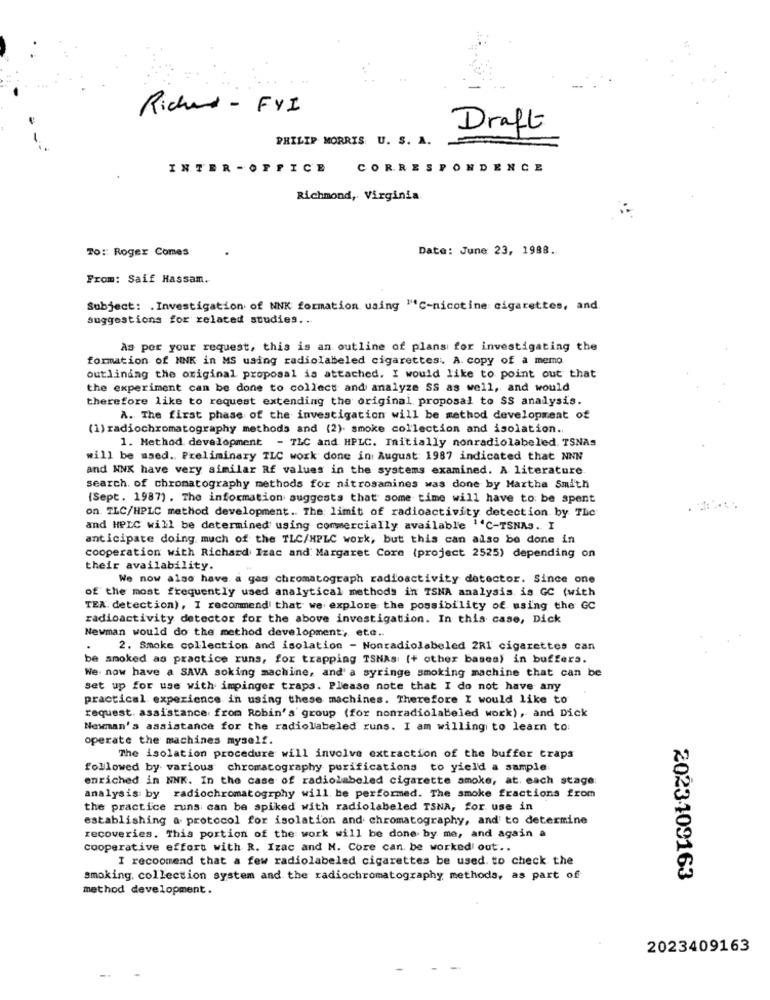
Richard - FYI
Draft
PHILIP MORRIS U. S. A.
INTER -OFFICE
CORRESPONDENCE
Richmond, Virginia
TO :: Roger Comes
Date: June 23, 1988.
From: Saif Hassam.
Subject: . Investigation of NNK formation using "C-nicotine cigarettes, and.
suggestions for related studies ...
As per your request, this is an outline of plans for investigating the
formation of NNK in MS using radiolabeled cigarettes, A. copy of a memo
outlining the original proposal is attached. I would like to point out that
the experiment can be done to collect and analyze SS as well, and would
therefore like to request extending the original proposal to SS analysis.
A. The first phase of the investigation will be method development of
(1) radiochromatography methods and (2). smoke collection and isolation ..
1. Method development - TLC and HPLC. Initially nonradiolabeled. TSNAs
will be maed. Preliminary ILC work done in August 1987 indicated that NNN
and NNK have very similar Rf values in the systems examined. A literature
search. of chromatography methods for nitrosamines was done by Martha Smith
(Sept. 1987) . The information suggests that some time will have to be spent
on TLC/HPLC method development .. The limit of radioactivity detection by The
and HPLC will be determined using commercially available ""C-TSNAS. I
anticipate doing much of the TLC/HPLC work, but this can also be done in
cooperation with Richard Izac and Margaret Core (project 2525) depending on
their availability.
We now also have a gas chromatograph radioactivity detector. Since one
of the most frequently used analytical methods in TSNA analysis is CC (with
TEX. detection), I recommend that we explore the possibility of using the GC
radioactivity detector for the above investigation. In this case, Dick
Newman would do the method development; ete ..
.
2. Smoke collection and isolation - Nonradiolabeled 2RI cigarettes can
be smoked as practice runs, for trapping TSNAs: (+ other basea) in buffers.
We now have a SAVA soking machine, and' a syringe smoking machine that can be
set up for use with impinger traps. Please note that I do not have any
practical experience in using these machines. Therefore I would like to
request. assistance from Robin's group (for nonradiolabeled work), and Dick
Newman's assistance for the radiolabeled runs. I am willing to learn to:
operate the machines myself.
The isolation procedure will involve extraction of the buffer traps
followed by various chromatography purifications to yield a sample
enriched in NNK. In the case of radiolabeled cigarette smoke, at. each stage:
analysis by radiochromatogiphy will be performed. The smoke fractions from
the practice runs can be spiked with radiolabeled TSNA, for use in
establishing a protocol for isolation and chromatography, and to determine
recoveries. This portion of the work will be done by me, and again a
cooperative effort with R. Izac and M. Core can be worked out ..
I recoomend that a few radiolabeled cigarettes be used. to check the
smoking, collection system and the radiochromatography methods, as part of
2023109163
method development.
2023409163